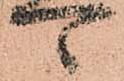
可